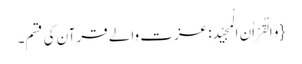
{وَ الْقُرْاٰنِ الْمَجِیْدِ: عزت والے قرآن کی قسم۔